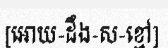
[អោយ-ដឹង-ស-ខ្មៅ]